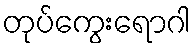
တုပ်ကွေးရောဂါ